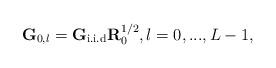
LaTeX: \begin{align*}\textbf{G}_{0,l}=\textbf{G}_{\textrm{i.i.d}}\textbf{R}_0^{1/2},l=0,...,L-1,\end{align*}